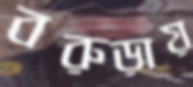
বরুড়ায়